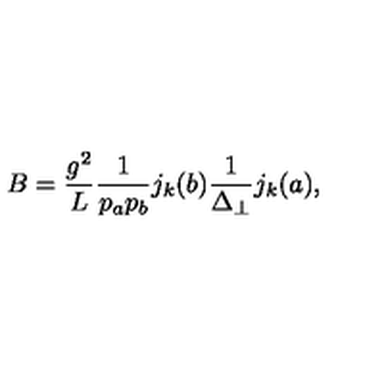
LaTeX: B = \frac { g ^ { 2 } } { L } \frac { 1 } { p _ { a } p _ { b } } j _ { k } ( b ) \frac { 1 } { \Delta _ { \perp } } j _ { k } ( a ) ,